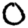
Digit: 0